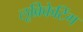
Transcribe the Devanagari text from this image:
लूब्रिकेटिंग